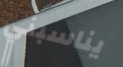
يناسبني